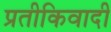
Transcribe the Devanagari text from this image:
प्रतीकिवादी